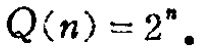
\(Q(n)=2^{n}.\)